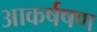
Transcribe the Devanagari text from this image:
आकर्षषण